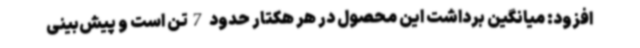
افزود: میانگین برداشت این محصول در هر هکتار حدود 7تن است و پیش‌بینی